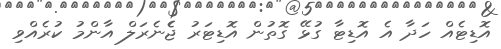
އޮޑިޓެއް ހަދާ އެ އޮޑިޓާ ގުޅޭ ގޮތުން އޮޑިޓަރު ޖެެނެރަލް އާންމު ކުރެއްވި